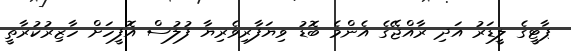
ޕާޓީގެ ލީޑަރު އަދި ރާއްޖޭގެ އެންމެ ބޮޑު ވިޔަފާރިވެރިޔާ ފުލުސް އޮފީހަށް ހާޒިރުކުރާތީ